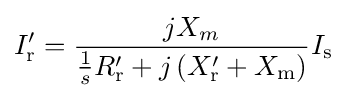
I_{\text{r}}'={\frac {jX_{m}}{{\frac {1}{s}}R_{\text{r}}'+j\left(X_{\text{r}}'+X_{\text{m}}\right)}}I_{\text{s}}